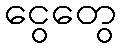
ငွေတွေ